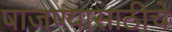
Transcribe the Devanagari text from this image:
पाजण्यासाठीचे